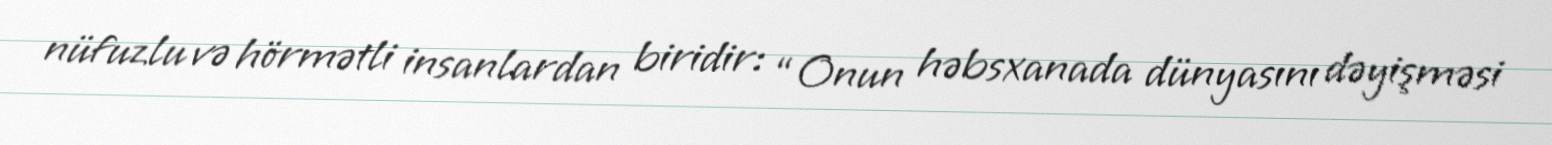
nüfuzlu və hörmətli insanlardan biridir: “Onun həbsxanada dünyasını dəyişməsi